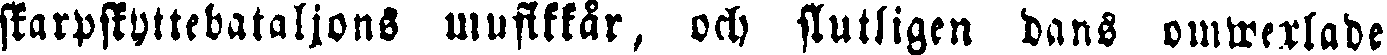
skarpskyttebataljons musikkår, och slutligen dans omwexlade